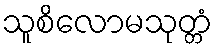
သူစိလောမသုတ္တံ